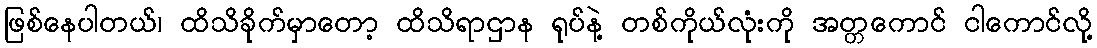
ဖြစ်နေပါတယ်၊ ထိသိခိုက်မှာတော့ ထိသိရာဌာန ရုပ်နဲ့ တစ်ကိုယ်လုံးကို အတ္တကောင် ငါကောင်လို့